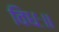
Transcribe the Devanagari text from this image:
विधः॥